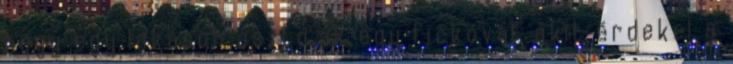
hogy egy lakáson osztozik egy fickóval, akit érdekel a